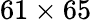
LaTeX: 61\times 65